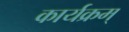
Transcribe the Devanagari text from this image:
कार्यक्रम्